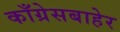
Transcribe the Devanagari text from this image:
काँग्रेसबाहेर